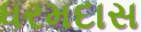
ધરમદાસ